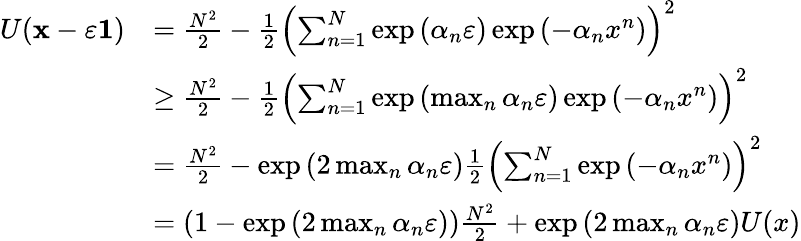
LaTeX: \begin{array}{rl}{U(\mathbf{x}-\varepsilon\mathbf{1})}&{=\frac{N^{2}}{2}-\frac{1}{2}\left(\sum_{n=1}^{N}\exp\left(\alpha_{n}\varepsilon\right)\exp\left(-\alpha_{n}x^{n}\right)\right)^{2}}\\ &{\geq\frac{N^{2}}{2}-\frac{1}{2}\left(\sum_{n=1}^{N}\exp\left(\operatorname*{max}_{n}\alpha_{n}\varepsilon\right)\exp\left(-\alpha_{n}x^{n}\right)\right)^{2}}\\ &{=\frac{N^{2}}{2}-\exp\left(2\operatorname*{max}_{n}\alpha_{n}\varepsilon\right)\frac{1}{2}\left(\sum_{n=1}^{N}\exp\left(-\alpha_{n}x^{n}\right)\right)^{2}}\\ &{=\left(1-\exp\left(2\operatorname*{max}_{n}\alpha_{n}\varepsilon\right)\right)\frac{N^{2}}{2}+\exp\left(2\operatorname*{max}_{n}\alpha_{n}\varepsilon\right)U(x)}\end{array}